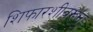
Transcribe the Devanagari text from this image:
शिफारशीवरून